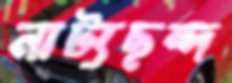
নাট্যছন্দ